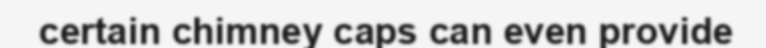
certain chimney caps can even provide